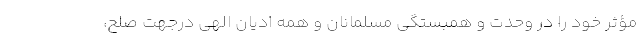
مؤثر خود را در وحدت و همبستگی مسلمانان و همه ادیان الهی درجهت صلح،